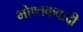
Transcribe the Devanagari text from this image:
भोथ्तकवादी